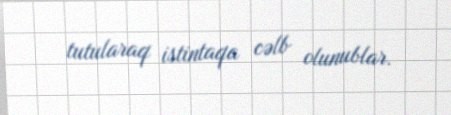
tutularaq istintaqa cəlb olunublar.